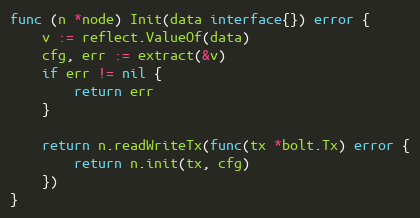
Language: Go
func (n *node) Init(data interface{}) error {
	v := reflect.ValueOf(data)
	cfg, err := extract(&v)
	if err != nil {
		return err
	}

	return n.readWriteTx(func(tx *bolt.Tx) error {
		return n.init(tx, cfg)
	})
}